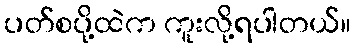
ပတ်စပို့ထဲက ကူးလို့ရပါတယ်။